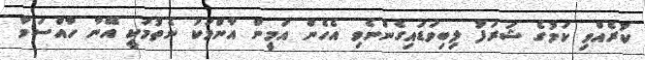
ކުރެއްވި ކަމުގެ ޝަރަފު ލިބިވަޑައިގެންނެވި އެހެން އަމީން އާންމަކު ނެތުމަކީ އޭނާ ހާއްސަވާ